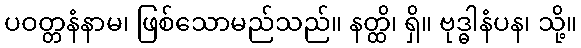
ပဝတ္တနံနာမ၊ ဖြစ်သောမည်သည်။ နတ္ထိ၊ ရှိ။ ဗုဒ္ဓါနံပန၊ သို့။